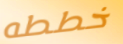
خططه